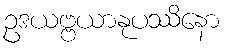
ဥဒယဗ္ဗယာနုပဿိနော